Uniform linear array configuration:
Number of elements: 64
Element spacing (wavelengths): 0.5
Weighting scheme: hann
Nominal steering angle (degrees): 30
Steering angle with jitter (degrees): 29.634
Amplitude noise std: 0.05
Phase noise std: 0.05

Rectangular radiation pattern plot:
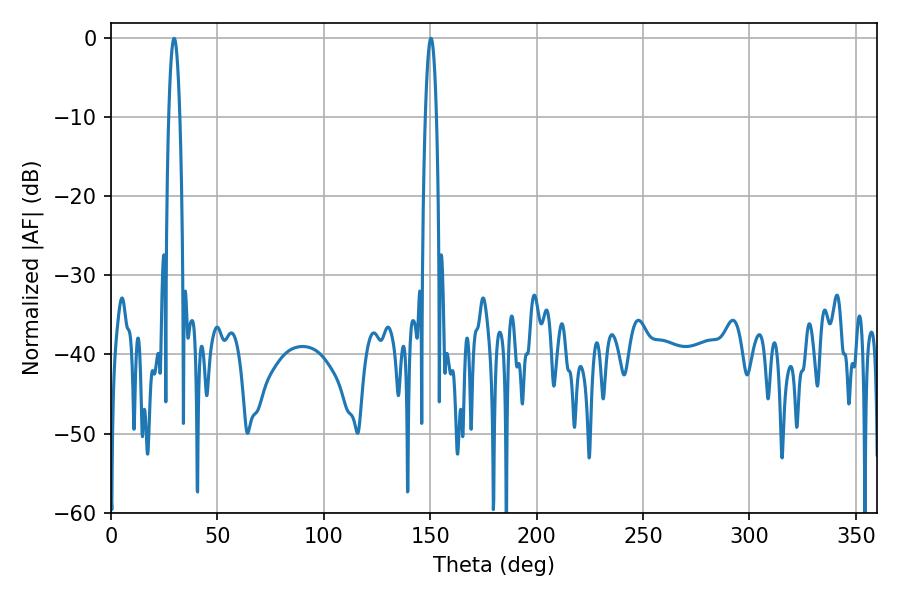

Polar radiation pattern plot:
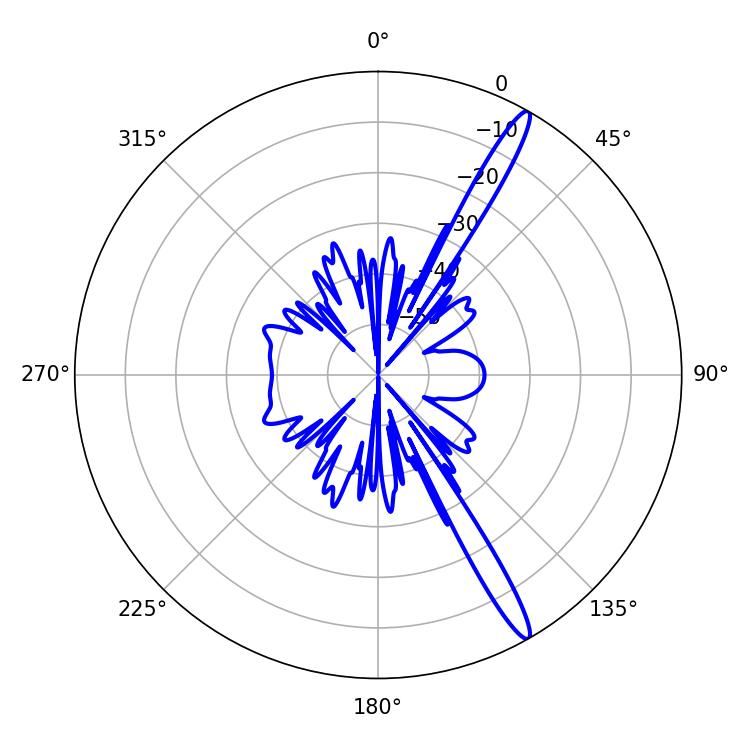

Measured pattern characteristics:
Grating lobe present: FALSE
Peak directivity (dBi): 15.669
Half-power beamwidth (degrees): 2.88
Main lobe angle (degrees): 150.3